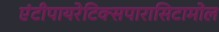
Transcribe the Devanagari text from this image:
एंटीपायरेटिक्सपारासिटामोल